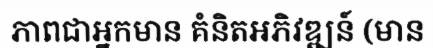
ភាពជាអ្នកមាន គំនិតអភិវឌ្ឍន៍ (មាន